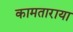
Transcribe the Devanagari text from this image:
कामताराया